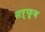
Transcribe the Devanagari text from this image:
सर्फ़्व